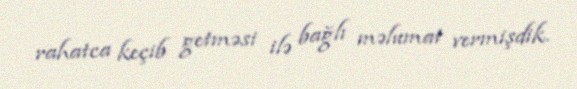
rahatca keçib getməsi ilə bağlı məlumat vermişdik.